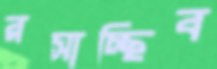
রসাচ্ছিব